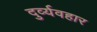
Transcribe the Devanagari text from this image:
दुर्व्‍यवहार